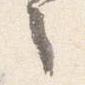
之